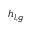
h _ { l , g }